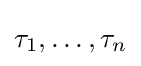
\tau _{1},\ldots ,\tau _{n}